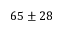
6 5 \pm 2 8